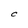
Character: C